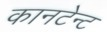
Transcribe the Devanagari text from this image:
कानटेन्‍ट